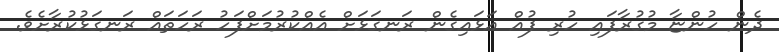
ދެން ހުންޏާ މުގުރާފައި ހުރި ފުއް އަޅައިގެން ރަނގަޅަށް އެއްކުރުމަށްފަހު ރަހަތައް ރަނގަޅުކުރާށެވެ.